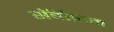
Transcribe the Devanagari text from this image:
सॅबॅस्टन